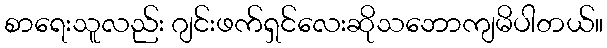
စာရေးသူလည်း ဂျင်းဖက်ရှင်လေးဆိုသဘောကျမိပါတယ်။